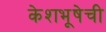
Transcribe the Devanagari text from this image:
केशभूषेची